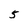
Character: 5